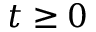
t \geq 0